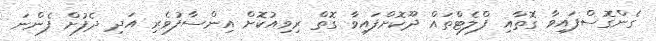
ގެންގޮސްފައިވާ ގޮތާއި ފްލެޓްތައް ދޫކޮށްފައިވާ ގޮތް ރިވިއުކޮށް އިންސާފުވެރި އަދި ދެފުށް ފެންނަ